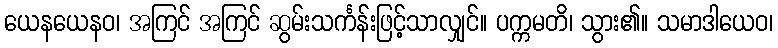
ယေနယေနဝ၊ အကြင် အကြင် ဆွမ်းသင်္ကန်းဖြင့်သာလျှင်။ ပက္ကမတိ၊ သွား၏။ သမာဒါယေဝ၊